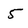
Character: 5